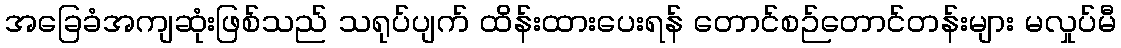
အခြေခံအကျဆုံးဖြစ်သည် သရုပ်ပျက် ထိန်းထားပေးရန် တောင်စဉ်တောင်တန်းများ မလှုပ်မီ